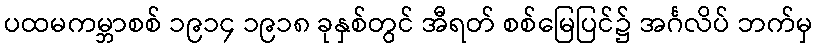
ပထမကမ္ဘာစစ် ၁၉၁၄ ၁၉၁၈ ခုနှစ်တွင် အီရတ် စစ်မြေပြင်၌ အင်္ဂလိပ် ဘက်မှ